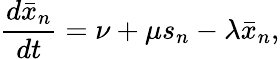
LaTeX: \frac{d\bar{x}_{n}}{dt}=\nu+\mu s_{n}-\lambda\bar{x}_{n},